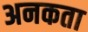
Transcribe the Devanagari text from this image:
अनकता